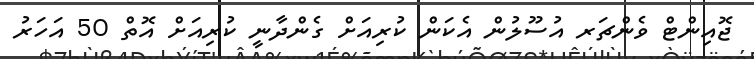
ޖޮއިންޓް ވެންޗަރ އުސޫލުން އެކަން ކުރިއަށް ގެންދާނީ ކުރިއަށް އޮތް 50 އަހަރު